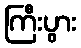
ကြီးပွား